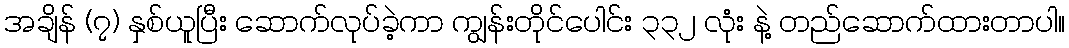
အချိန် (၇) နှစ်ယူပြီး ဆောက်လုပ်ခဲ့ကာ ကျွန်းတိုင်ပေါင်း ၃၃၂ လုံး နဲ့ တည်ဆောက်ထားတာပါ။